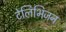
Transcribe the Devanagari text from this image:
टेलिभिजन